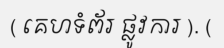
( គេហទំព័រ ផ្លូវការ ). (